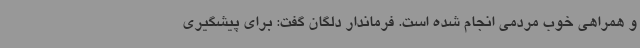
و همراهی خوب مردمی انجام شده است. فرماندار دلگان گفت: برای پیشگیری